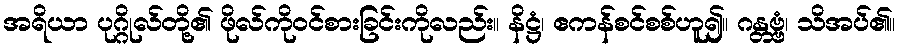
အရိယာ ပုဂ္ဂိုလ်တို့၏ ဖိုလ်ကိုဝင်စားခြင်းကိုလည်း။ နိဋ္ဌံ၊ ဧကန်စင်စစ်ဟူ၍။ ဂန္တဗ္ဗံ၊ သိအပ်၏။